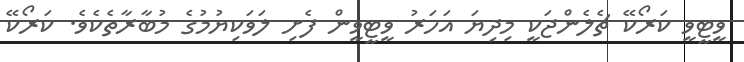
ވީޓީވީ ކަރޯކޭ ޗެލެންޖަކީ މިދިޔަ އަހަރު ވީޓީވީން ފެށި ލަވަކިޔުމުގެ މުބާރާތެކެވެ. ކަރޯކޭ